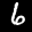
Label: 6